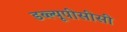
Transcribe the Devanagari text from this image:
डब्ल्यूपीसीसी